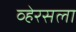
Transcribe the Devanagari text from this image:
व्हेरसला